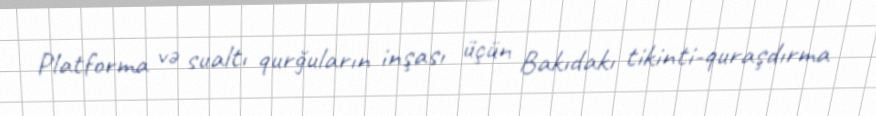
Platforma və sualtı qurğuların inşası üçün Bakıdakı tikinti-quraşdırma